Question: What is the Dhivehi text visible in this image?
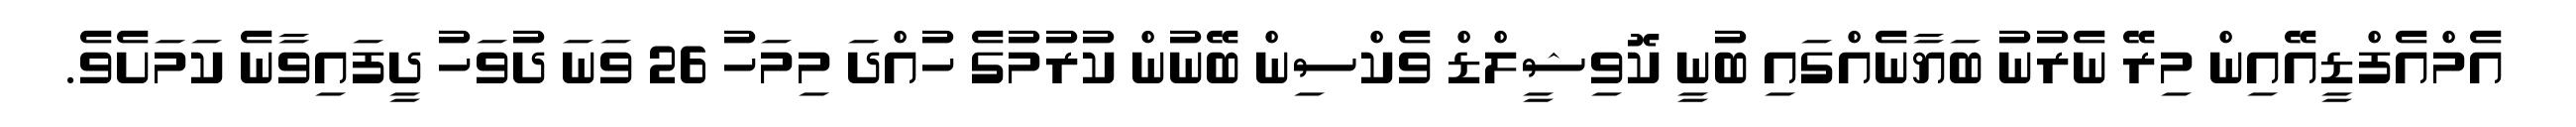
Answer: އެމްއެފްޑީއޭއިން މިރޭ ނެރުނު ބަޔާނެއްގައި ބުނީ ކޮވިޝީލްޑް ވެކްސިން ބޭނުން ކުރުމުގެ ހުއްދަ މިމަހު 26 ވަނަ ދުވަހު ދީފައިވާނެ ކަމަށެވެ.